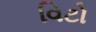
વિટો